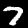
Digit: 7